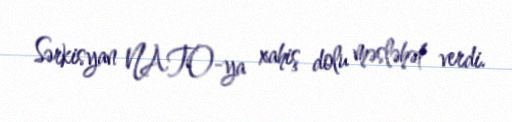
Sərkisyan NATO-ya xahiş dolu məsləhət verdi.